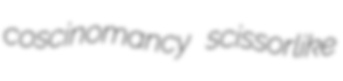
coscinomancy scissorlike